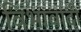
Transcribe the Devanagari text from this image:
विभावादी